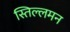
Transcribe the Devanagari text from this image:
स्तिल्लमन